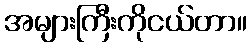
အများကြီးကိုငယ်တာ။